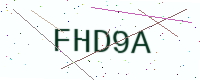
Text: FHD9A